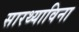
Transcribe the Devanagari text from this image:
सारथ्याविना